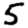
Digit: 5